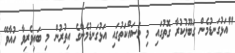
"އަޅުގަނޑުމެން ގަބޫލުކުރާ ގޮތުގައި މި މަސައްކަތުގައި އަޅުގަނޑުމެންގެ އިތުރުން މި ބައިވެރިވާ ހުއާވޭ